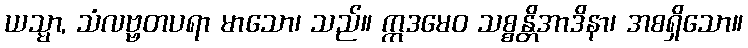
ယသ္မာ, သံလဗ္ဗတပရာ မာသော၊ သည်။ ဣဒမေဝ သစ္စန္တိအာဒိနာ၊ အစရှိသော။